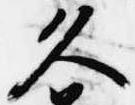
久